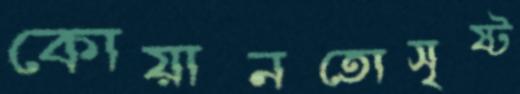
কোয়ানতোসৃষ্ট